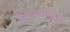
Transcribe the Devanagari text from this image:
वल्लभांचा